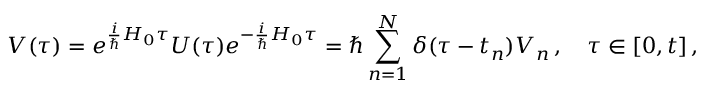
V ( \tau ) = e ^ { \frac { i } { \hbar } H _ { 0 } \tau } U ( \tau ) e ^ { - \frac { i } { \hbar } H _ { 0 } \tau } = \hbar \sum _ { n = 1 } ^ { N } \delta ( \tau - t _ { n } ) V _ { n } \, , \quad \tau \in [ 0 , t ] \, ,